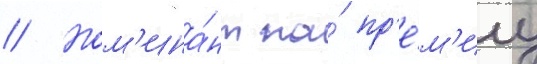
// Ном'ина́нт на́ пр'е́м'иу